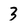
Character: 3